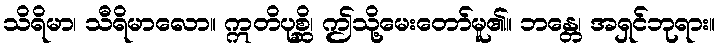
သိရိမာ၊ သီရိမာလော။ ဣတိပုစ္ဆိ၊ ဤသို့မေးတော်မူ၏။ ဘန္တေ၊ အရှင်ဘုရား။